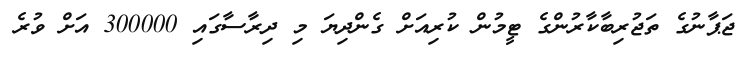
ޖަޕާނުގެ ތަޖުރިބާކާރުންގެ ޓީމުން ކުރިއަށް ގެންދިޔަ މި ދިރާސާގައި 300000 އަށް ވުރެ